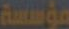
مؤسسة